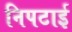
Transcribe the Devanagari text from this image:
निपटाई